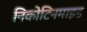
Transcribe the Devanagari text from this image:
निकोटिनमाइड